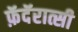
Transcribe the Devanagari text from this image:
फ़ॅदॅरात्सी